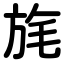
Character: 旄